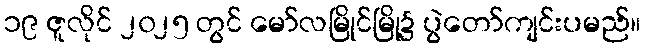
၁၉ ဇူလိုင် ၂၀၂၅ တွင် မော်လမြိုင်မြို့၌ ပွဲတော်ကျင်းပမည်။